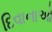
દિવાનાઓ